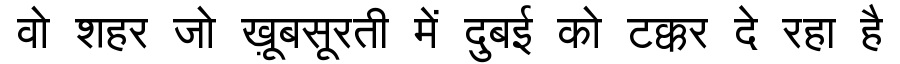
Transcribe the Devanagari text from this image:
वो शहर जो ख़ूबसूरती में दुबई को टक्कर दे रहा है